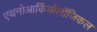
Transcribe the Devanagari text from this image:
एथनोआर्कियोलॉजिकल